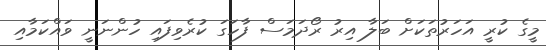
މީގެ ކުރީ އަހަރުތަކަށް ބަލާ އިރު ރޯދަމަސް ފާހަގަ ކުރެވިފައި ހުންނަނީ ވައްކަމާއި